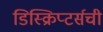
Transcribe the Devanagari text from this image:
डिस्क्रिप्टर्सची